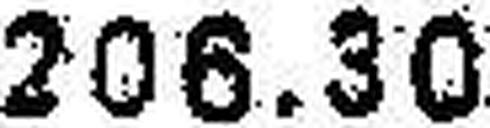
206.30